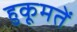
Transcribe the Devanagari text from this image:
हुकूमतें